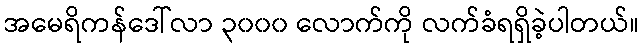
အမေရိကန်ဒေါ်လာ ၃၀၀၀ လောက်ကို လက်ခံရရှိခဲ့ပါတယ်။